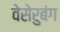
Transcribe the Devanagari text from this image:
वेसेरुबंग